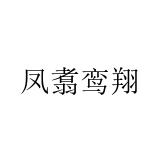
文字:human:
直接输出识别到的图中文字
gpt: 凤翥鸾翔